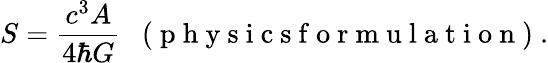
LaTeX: S=\frac{c^{3}A}{4\hbar G}\enspace\mathrm{~(~p~h~y~s~i~c~s~f~o~r~m~u~l~a~t~i~o~n~)~}.